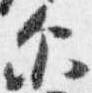
示